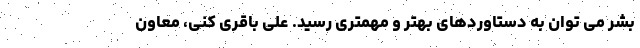
بشر می توان به دستاوردهای بهتر و مهمتری رسید. علی باقری کنی، معاون